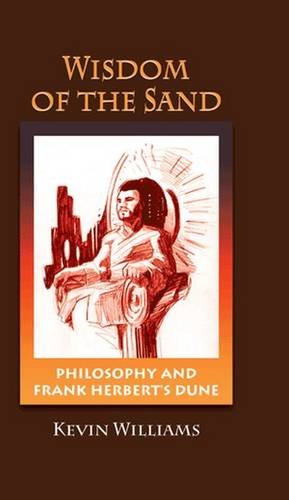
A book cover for Wisdom of the Sand: Philosophy and Frank Herbert's Dune (Critical Bodies); Williams; Science Fiction & Fantasy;